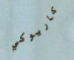
كاريوكي